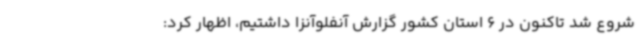
شروع شد تاکنون در 6 استان کشور گزارش آنفلوآنزا داشتیم، اظهار کرد: